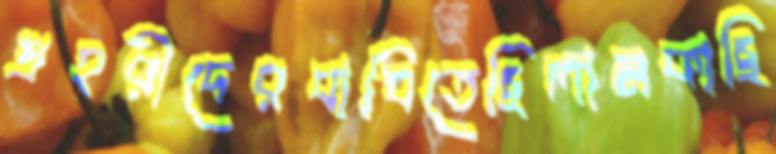
প্রহরীদেরবাধিতেছিলামকাছি